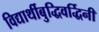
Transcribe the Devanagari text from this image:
विद्यार्थीबुद्धिवर्द्धिनी